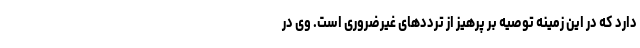
دارد که در این زمینه توصیه بر پرهیز از ترددهای غیرضروری است. وی در